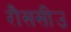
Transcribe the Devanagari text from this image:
रौससीउ